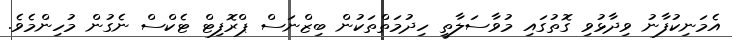
އެމަނިކުފާނު ވިދާޅުވި ގޮތުގައި މުވާސަލާތީ ހިދުމަތްތަކުން ބިޒްނަސް ޕްރޮފިޓް ޓެކްސް ނެގުން މުހިންމެވެ.